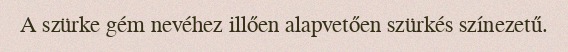
A szürke gém nevéhez illően alapvetően szürkés színezetű.